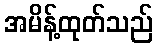
အမိန့်ထုတ်သည်